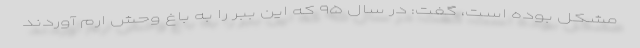
مشکل بوده است، گفت: در سال ۹۵ که این ببر را به باغ وحش ارم آوردند